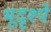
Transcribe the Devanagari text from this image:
भूदृश्ये